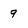
Character: 9